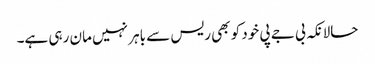
حالانکہ بی جے پی خود کو بھی ریس سے باہر نہیں مان رہی ہے۔